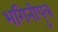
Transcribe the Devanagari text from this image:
भगिनीपुत्र